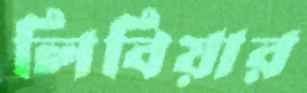
লিবিয়ার